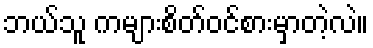
ဘယ်သူ ကများစိတ်ဝင်စားမှာတဲ့လဲ။